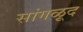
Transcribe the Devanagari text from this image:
सांगळूद